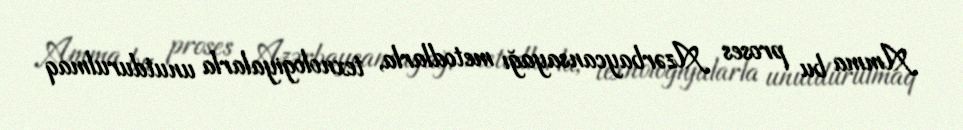
Amma bu proses Azərbaycansayağı metodlarla, texnologiyalarla unutdurulmaq